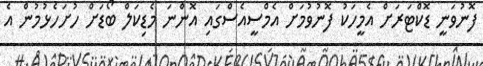
ފޮނުވަނީ ޑޮކްޓަރަށް އެމީހަކު ފޮނުވުމަށް އެމްސީއެސްގައި އޮންނަ މެޑިކަލް ބޯޑަށް ހުށަހެޅުމުން އެ